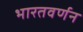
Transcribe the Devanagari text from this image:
भारतवर्णन